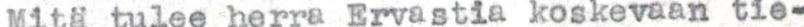
Mitä tulee herra Ervastia koskevaan tie-